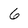
Character: 6